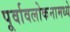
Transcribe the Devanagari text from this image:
पूर्वावलोकनामध्ये